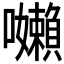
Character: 𭌽